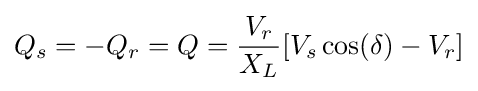
Q_{s}=-Q_{r}=Q={\frac {V_{r}}{X_{L}}}[V_{s}\cos(\delta )-V_{r}]